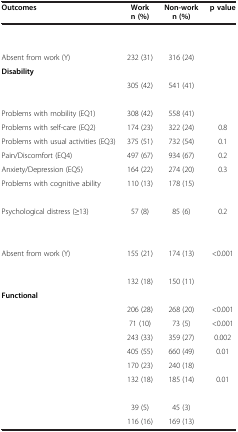
<table><thead><tr><td><b>Outcomes</b></td><td><b>Work n (%)</b></td><td><b>Non-work n (%)</b></td><td><b>p value</b></td></tr></thead><tbody><tr><td colspan="4">[EMPTY_CELL]</td></tr><tr><td>[EMPTY_CELL]</td><td>[EMPTY_CELL]</td><td>[EMPTY_CELL]</td><td>[EMPTY_CELL]</td></tr><tr><td>Absent from work (Y)</td><td>232 (31)</td><td>316 (24)</td><td>[EMPTY_CELL]</td></tr><tr><td><b>Disability</b></td><td>[EMPTY_CELL]</td><td>[EMPTY_CELL]</td><td>[EMPTY_CELL]</td></tr><tr><td>[EMPTY_CELL]</td><td>305 (42)</td><td>541 (41)</td><td>[EMPTY_CELL]</td></tr><tr><td>[EMPTY_CELL]</td><td>[EMPTY_CELL]</td><td>[EMPTY_CELL]</td><td>[EMPTY_CELL]</td></tr><tr><td>Problems with mobility (EQ1)</td><td>308 (42)</td><td>558 (41)</td><td>[EMPTY_CELL]</td></tr><tr><td>Problems with self-care (EQ2)</td><td>174 (23)</td><td>322 (24)</td><td>0.8</td></tr><tr><td>Problems with usual activities (EQ3)</td><td>375 (51)</td><td>732 (54)</td><td>0.1</td></tr><tr><td>Pain/Discomfort (EQ4)</td><td>497 (67)</td><td>934 (67)</td><td>0.2</td></tr><tr><td>Anxiety/Depression (EQ5)</td><td>164 (22)</td><td>274 (20)</td><td>0.3</td></tr><tr><td>Problems with cognitive ability</td><td>110 (13)</td><td>178 (15)</td><td>[EMPTY_CELL]</td></tr><tr><td>[EMPTY_CELL]</td><td>[EMPTY_CELL]</td><td>[EMPTY_CELL]</td><td>[EMPTY_CELL]</td></tr><tr><td>Psychological distress (≥13)</td><td>57 (8)</td><td>85 (6)</td><td>0.2</td></tr><tr><td colspan="4">[EMPTY_CELL]</td></tr><tr><td>[EMPTY_CELL]</td><td>[EMPTY_CELL]</td><td>[EMPTY_CELL]</td><td>[EMPTY_CELL]</td></tr><tr><td>Absent from work (Y)</td><td>155 (21)</td><td>174 (13)</td><td>&lt;0.001</td></tr><tr><td>[EMPTY_CELL]</td><td>[EMPTY_CELL]</td><td>[EMPTY_CELL]</td><td>[EMPTY_CELL]</td></tr><tr><td>[EMPTY_CELL]</td><td>132 (18)</td><td>150 (11)</td><td>[EMPTY_CELL]</td></tr><tr><td><b>Functional</b></td><td>[EMPTY_CELL]</td><td>[EMPTY_CELL]</td><td>[EMPTY_CELL]</td></tr><tr><td>[EMPTY_CELL]</td><td>206 (28)</td><td>268 (20)</td><td>&lt;0.001</td></tr><tr><td>[EMPTY_CELL]</td><td>71 (10)</td><td>73 (5)</td><td>&lt;0.001</td></tr><tr><td>[EMPTY_CELL]</td><td>243 (33)</td><td>359 (27)</td><td>0.002</td></tr><tr><td>[EMPTY_CELL]</td><td>405 (55)</td><td>660 (49)</td><td>0.01</td></tr><tr><td>[EMPTY_CELL]</td><td>170 (23)</td><td>240 (18)</td><td>[EMPTY_CELL]</td></tr><tr><td>[EMPTY_CELL]</td><td>132 (18)</td><td>185 (14)</td><td>0.01</td></tr><tr><td>[EMPTY_CELL]</td><td>[EMPTY_CELL]</td><td>[EMPTY_CELL]</td><td>[EMPTY_CELL]</td></tr><tr><td>[EMPTY_CELL]</td><td>39 (5)</td><td>45 (3)</td><td>[EMPTY_CELL]</td></tr><tr><td>[EMPTY_CELL]</td><td>116 (16)</td><td>169 (13)</td><td>[EMPTY_CELL]</td></tr></tbody></table>